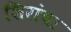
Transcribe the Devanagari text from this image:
शिरांचा